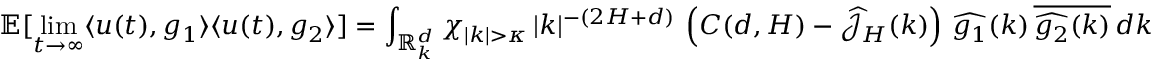
\mathbb { E } [ \operatorname* { l i m } _ { t \rightarrow \infty } \langle u ( t ) , g _ { 1 } \rangle { \langle u ( t ) , g _ { 2 } \rangle } ] = \int _ { \mathbb R _ { k } ^ { d } } \chi _ { | k | > \kappa } \, | k | ^ { - ( 2 H + d ) } \, \left( C ( d , H ) - { \widehat { \mathcal { J } } } _ { H } ( k ) \right) \, \widehat { g _ { 1 } } ( k ) \, \overline { { \widehat { g _ { 2 } } ( k ) } } \, d k